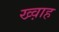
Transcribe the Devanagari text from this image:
ख्व़ाह